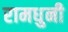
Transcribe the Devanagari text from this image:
रामधुनी